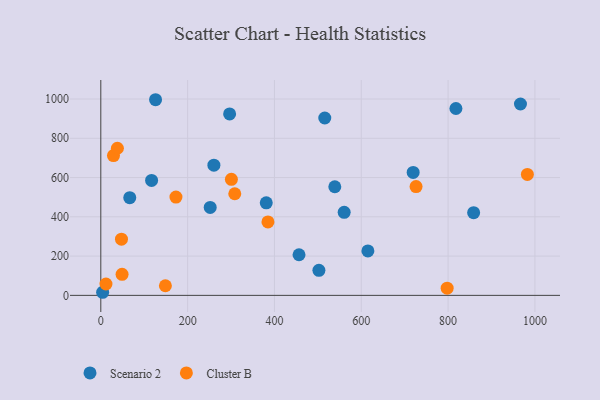
{"axis": {"x": "Engine Size", "y": "Salary"}, "legend": ["Cluster B", "Scenario 2"], "data": [{"x": "260.5", "y": 662.9, "type": "Scenario 2"}, {"x": "126.1", "y": 996.4, "type": "Scenario 2"}, {"x": "966.7", "y": 974.6, "type": "Scenario 2"}, {"x": "296.7", "y": 924.2, "type": "Scenario 2"}, {"x": "615.2", "y": 226.2, "type": "Scenario 2"}, {"x": "381.1", "y": 471.1, "type": "Scenario 2"}, {"x": "515.9", "y": 903.2, "type": "Scenario 2"}, {"x": "502.4", "y": 127.3, "type": "Scenario 2"}, {"x": "858.8", "y": 421.1, "type": "Scenario 2"}, {"x": "4.2", "y": 15.7, "type": "Scenario 2"}, {"x": "818.0", "y": 951.6, "type": "Scenario 2"}, {"x": "539.0", "y": 553.2, "type": "Scenario 2"}, {"x": "117.0", "y": 585.4, "type": "Scenario 2"}, {"x": "66.7", "y": 497.4, "type": "Scenario 2"}, {"x": "456.6", "y": 206.7, "type": "Scenario 2"}, {"x": "252.0", "y": 447.7, "type": "Scenario 2"}, {"x": "719.5", "y": 626.1, "type": "Scenario 2"}, {"x": "560.6", "y": 422.9, "type": "Scenario 2"}, {"x": "148.8", "y": 49.0, "type": "Cluster B"}, {"x": "173.1", "y": 500.6, "type": "Cluster B"}, {"x": "29.2", "y": 712.0, "type": "Cluster B"}, {"x": "726.2", "y": 554.1, "type": "Cluster B"}, {"x": "308.6", "y": 517.6, "type": "Cluster B"}, {"x": "49.0", "y": 106.9, "type": "Cluster B"}, {"x": "11.9", "y": 57.9, "type": "Cluster B"}, {"x": "47.6", "y": 286.2, "type": "Cluster B"}, {"x": "982.6", "y": 615.8, "type": "Cluster B"}, {"x": "797.8", "y": 36.4, "type": "Cluster B"}, {"x": "300.8", "y": 590.9, "type": "Cluster B"}, {"x": "38.2", "y": 749.2, "type": "Cluster B"}, {"x": "385.0", "y": 373.9, "type": "Cluster B"}]}